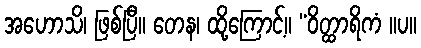
အဟောသိ၊ ဖြစ်ပြီ။ တေန၊ ထို့ကြောင့်။ “ဝိတ္ထာရိကံ ။ပ။